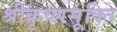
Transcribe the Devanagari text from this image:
श्रीकृष्णसूक्ति